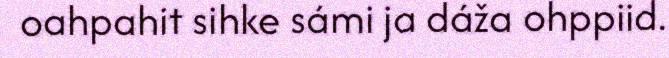
oahpahit sihke sámi ja dáža ohppiid.